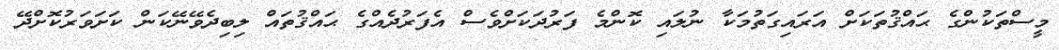
މީސްތަކުންގެ ޙައްޤުތަކަށް އަރައިގަތުމަކާ ނުލައި ކޮންމެ ފަރުދަކަށްވެސް އެފަރުދެއްގެ ޙައްޤުތައް ލިބިދެވޭނޭކަން ކަށަވަރުކޮށްދޭ